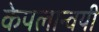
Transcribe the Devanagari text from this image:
केपलान्वयी